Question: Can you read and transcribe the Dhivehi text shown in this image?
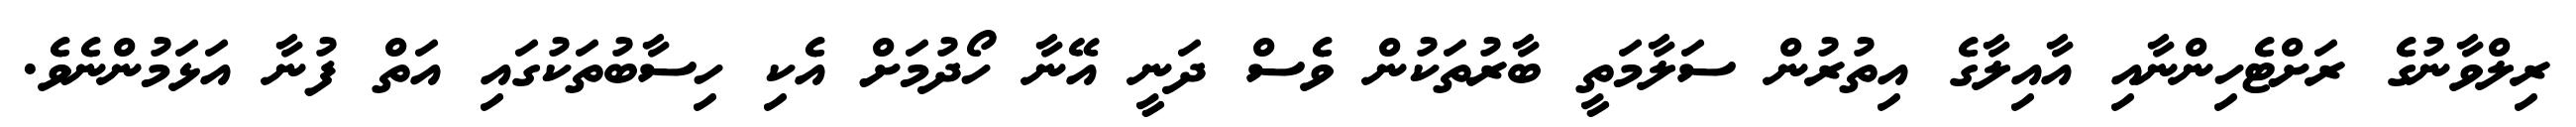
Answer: ރިލްވާނުގެ ރަށްޓެހިންނާއި އާއިލާގެ އިތުރުން ސަލާމަތީ ބާރުތަކުން ވެސް ދަނީ އޭނާ ހޯދުމަށް އެކި ހިސާބުތަކުގައި އަތް ފުނާ އަޅަމުންނެވެ.